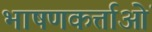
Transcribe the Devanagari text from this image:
भाषणकर्त्ताओं